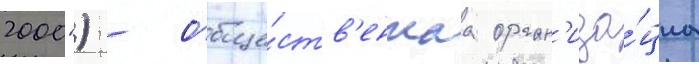
2000") - обще́ств'еннаа орган'иза́циа